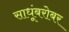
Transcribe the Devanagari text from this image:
साधूंबरोबर